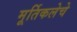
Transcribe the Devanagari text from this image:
मूर्तिकलेचे